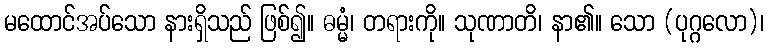
မထောင်အပ်သော နားရှိသည် ဖြစ်၍။ ဓမ္မံ၊ တရားကို။ သုဏာတိ၊ နာ၏။ သော (ပုဂ္ဂလော)၊